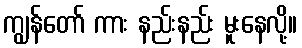
ကျွန်တော် ကား နည်းနည်း မူးနေလို့။